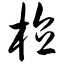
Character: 植